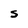
Character: S